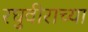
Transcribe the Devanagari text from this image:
रघुवीराच्या